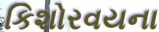
કિશોરવયના